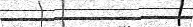
٨١